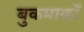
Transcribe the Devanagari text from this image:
बुकमार्कों